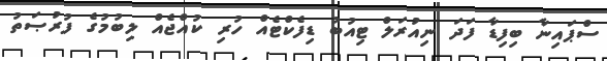
ސްޕައިނާ ބިފިޑާ ފަދަ ނިއުރަލް ޓިއުބު ޑިފެކްޓެއް ހުރި ކުއްޖެއް ލިބުމުގެ ފުރުޞަތު